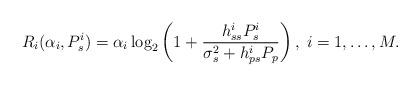
LaTeX: \begin{align*}R_i(\alpha_i,P_s^i)=\alpha_i\log_2\left(1+\frac{h_{ss}^iP_s^i}{\sigma_s^2+h_{ps}^iP_p}\right),\; i=1,\ldots,M.\end{align*}